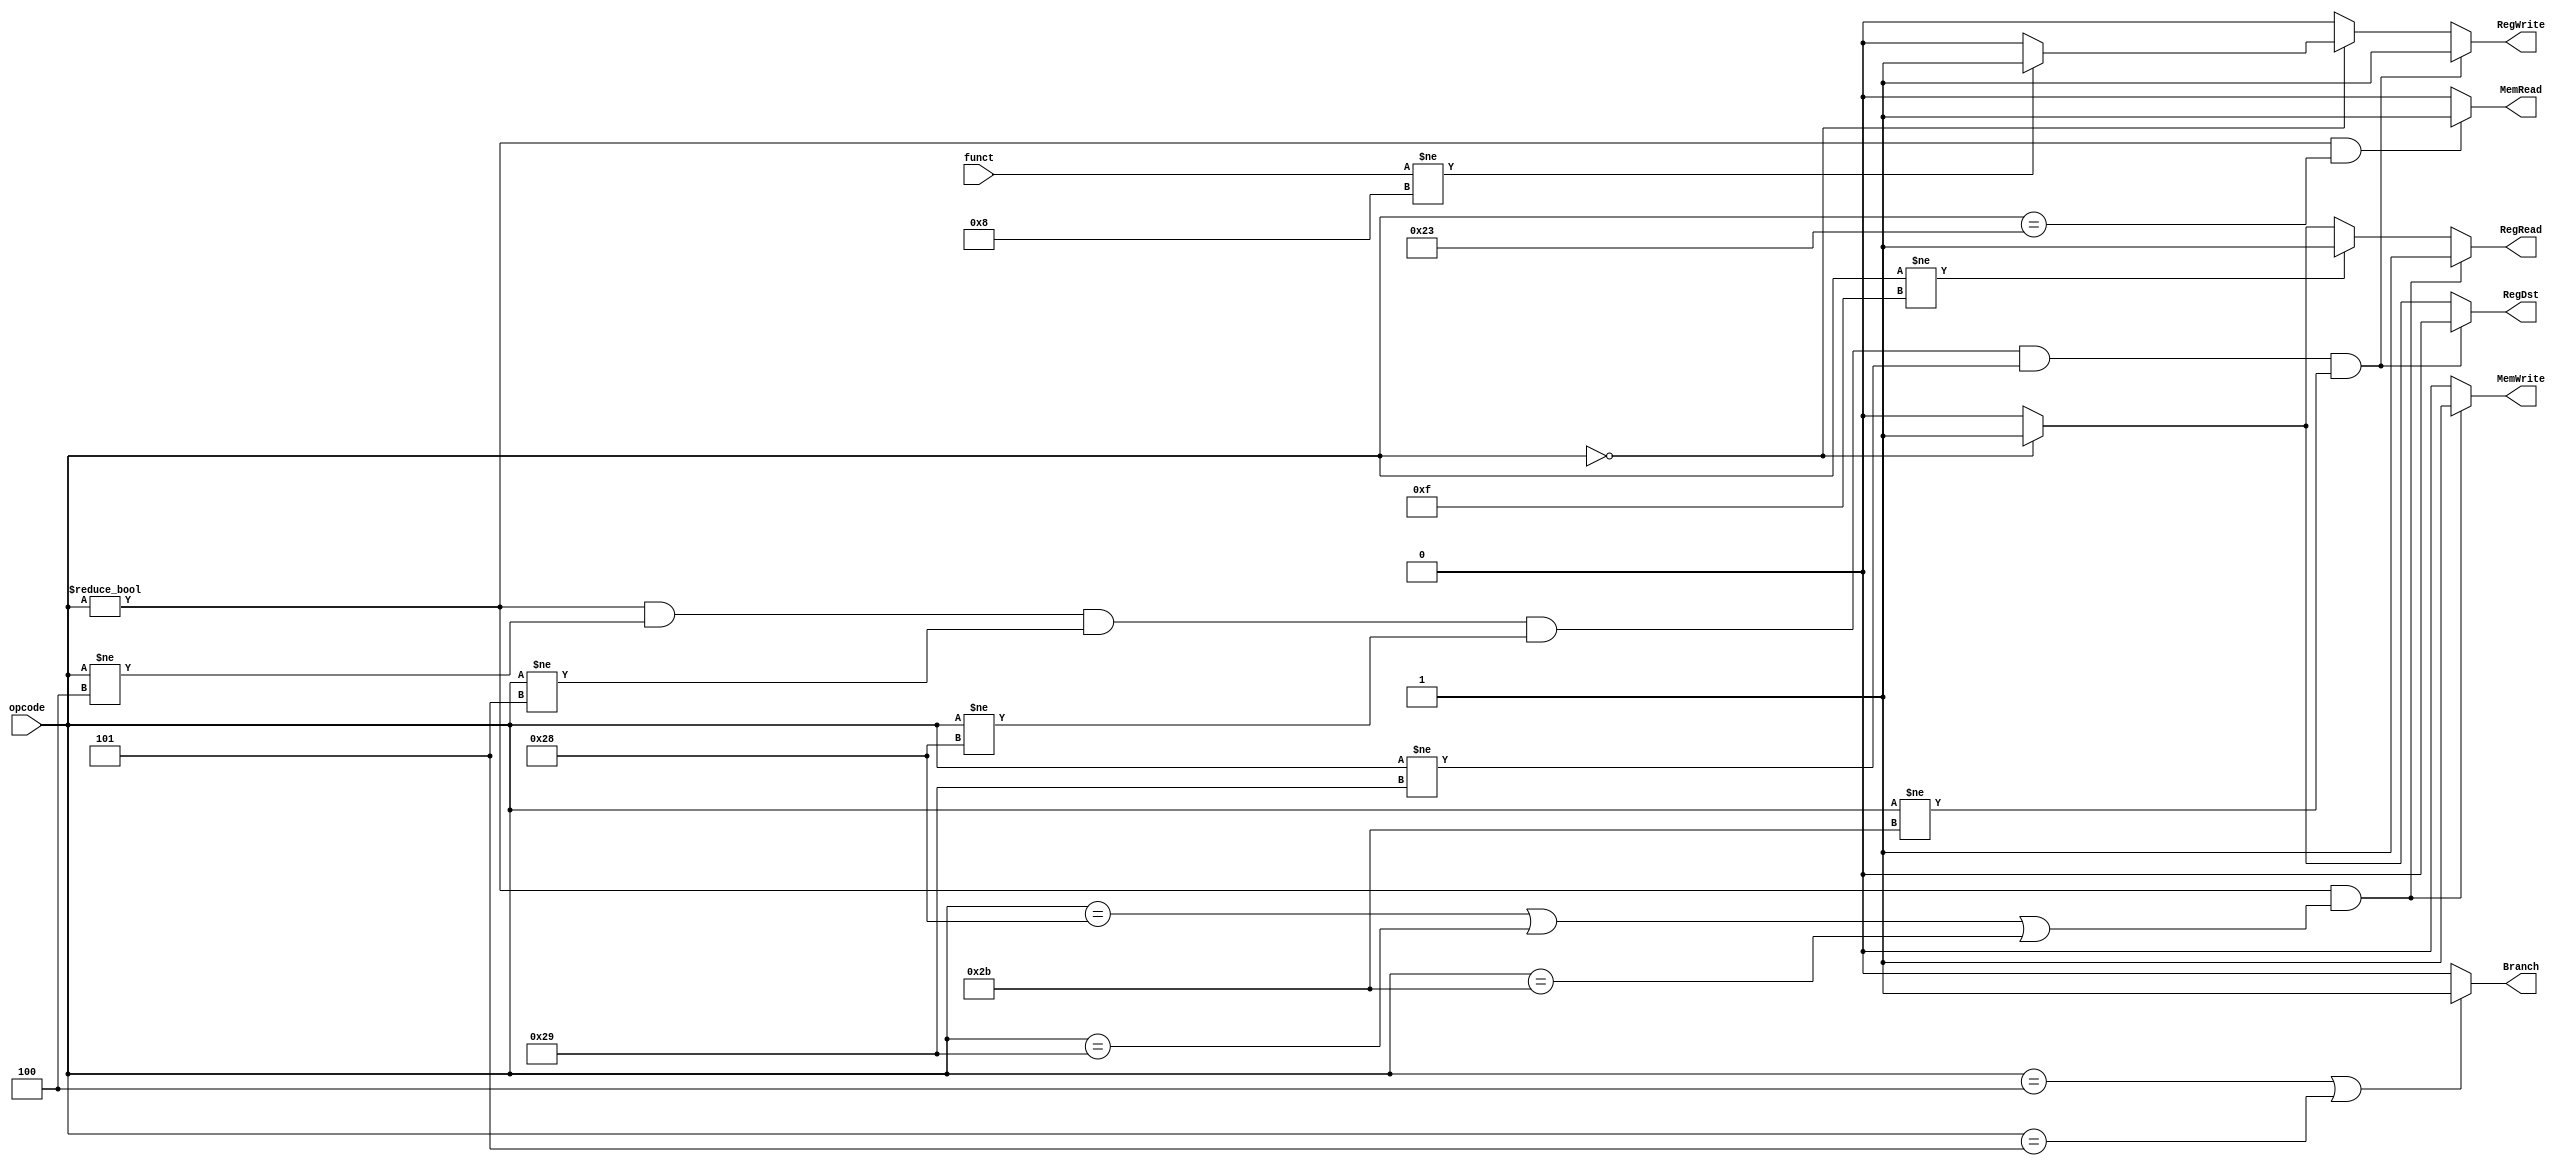


/*  CONTROL UNIT DESIGN
    Signals  set : RegDst, Regwrite, REGread, ALUsrc, PCsrc, Memread, Memwrite, MemtoReg, Bramch  
*/
module control_unit(
    output reg  RegRead,
                RegWrite,
                MemRead,
                MemWrite,
                RegDst, // if this is 0 select rt, otherwise select rd
                Branch,
    input [5:0] opcode, funct
);
	
    always @(opcode, funct) 
    begin
	    // Reset the signals to 0
        MemRead  = 1'b0;
        MemWrite = 1'b0;
        RegWrite = 1'b0;
        RegRead  = 1'b0;
        RegDst   = 1'b0;
        Branch   = 1'b0;
		
        // R type
        if(opcode == 6'h0) begin
            RegDst = 1'b1;
            RegRead = 1'b1;
            // If NOT JR  - Jump Register
            if(funct != 6'h08) begin
                RegWrite = 1'b1;
            end
        end
        // LUI(load unsigned immediate) => no need to read any register => immediate value is written to a register
        if(opcode != 6'b001111) begin
            RegRead = 1'b1;
        end
        // If r-type, don't enter this block
        // For r-type, beq, bne, sb, sh and sw there is no need to register write
        if(opcode != 6'h0 & opcode != 6'h4 & opcode != 6'h5 & opcode != 6'h28 & opcode != 6'h29 & opcode != 6'h2b) begin
            RegWrite = 1'b1;
            RegDst   = 1'b0;
        end
        // For branch instructions
        if(opcode == 6'h4 | opcode == 6'h5) begin
            Branch   = 1'b1;
        end
        // For memory write operation
        // sb, sh and sw use memory to write
        if(opcode != 6'h0 & (opcode == 6'h28 | opcode == 6'h29 | opcode == 6'h2b)) begin
            MemWrite = 1'b1;
            RegRead  = 1'b1;
        end
        // For memory read operation
        // lw, 
        if(opcode != 6'h0 & (opcode == 6'h23))begin
            MemRead = 1'b1;
        end
        // J type
        // Do nothing!..
        // All signals already 0.
    end
	
	
	
endmodule

module control_unit_tb();

    initial begin
        $dumpfile("control_unit_tb.vcd"); 
        $dumpvars(0, control_unit_tb);
    end

endmodule